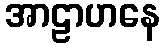
အာဠာဟနေ